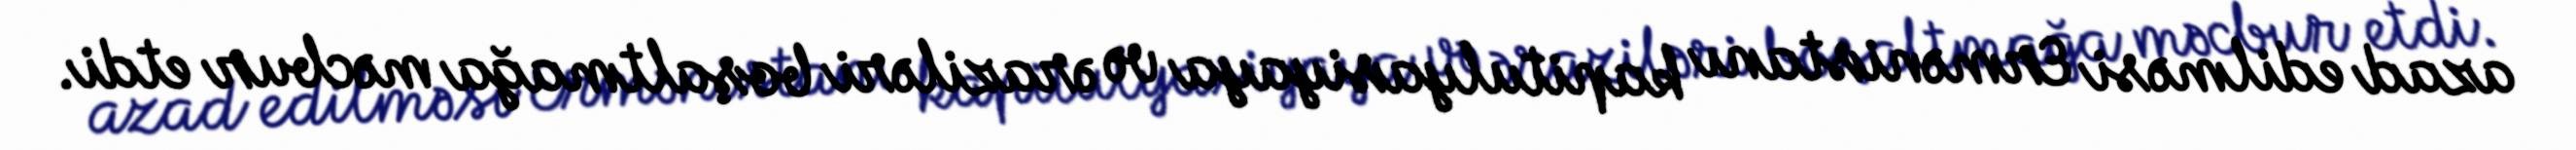
azad edilməsi Ermənistanı kapitulyasiyaya və əraziləri boşaltmağa məcbur etdi.